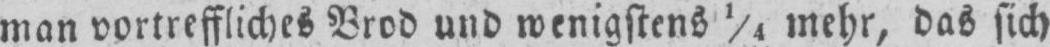
man vortreffliches Brod und wenigstens 1/4 mehr, das sich